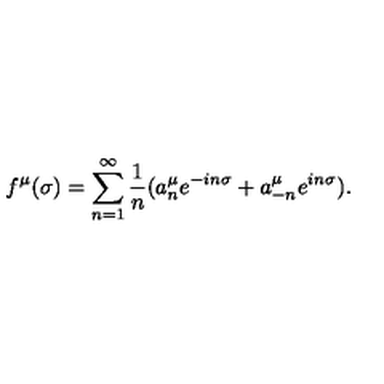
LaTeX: f ^ { \mu } ( \sigma ) = \sum _ { n = 1 } ^ { \infty } \frac { 1 } { n } ( a _ { n } ^ { \mu } e ^ { - i n \sigma } + a _ { - n } ^ { \mu } e ^ { i n \sigma } ) .